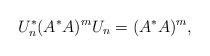
LaTeX: \begin{align*} U_n^*(A^*A)^mU_n =(A^*A)^m, \end{align*}